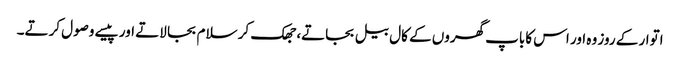
اتوار کے روز وہ اور اس کاباپ گھروں کے کال بیل بجاتے، جھک کر سلام بجا لاتے اور پیسے وصول کرتے۔